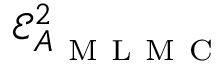
\mathcal { E } _ { A _ { \mathrm { ~ M ~ L ~ M ~ C ~ } } } ^ { 2 }